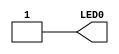
//------------------------------------------------------------------
//-- Verilog template
//-- Top entity
//-- Board: icezum
//------------------------------------------------------------------
`default_nettype none

//-- Template for the top entity
module top(output wire LED0);

//-- Turn on the LED0 on the icezum
assign LED0 = 1'b1;

endmodule